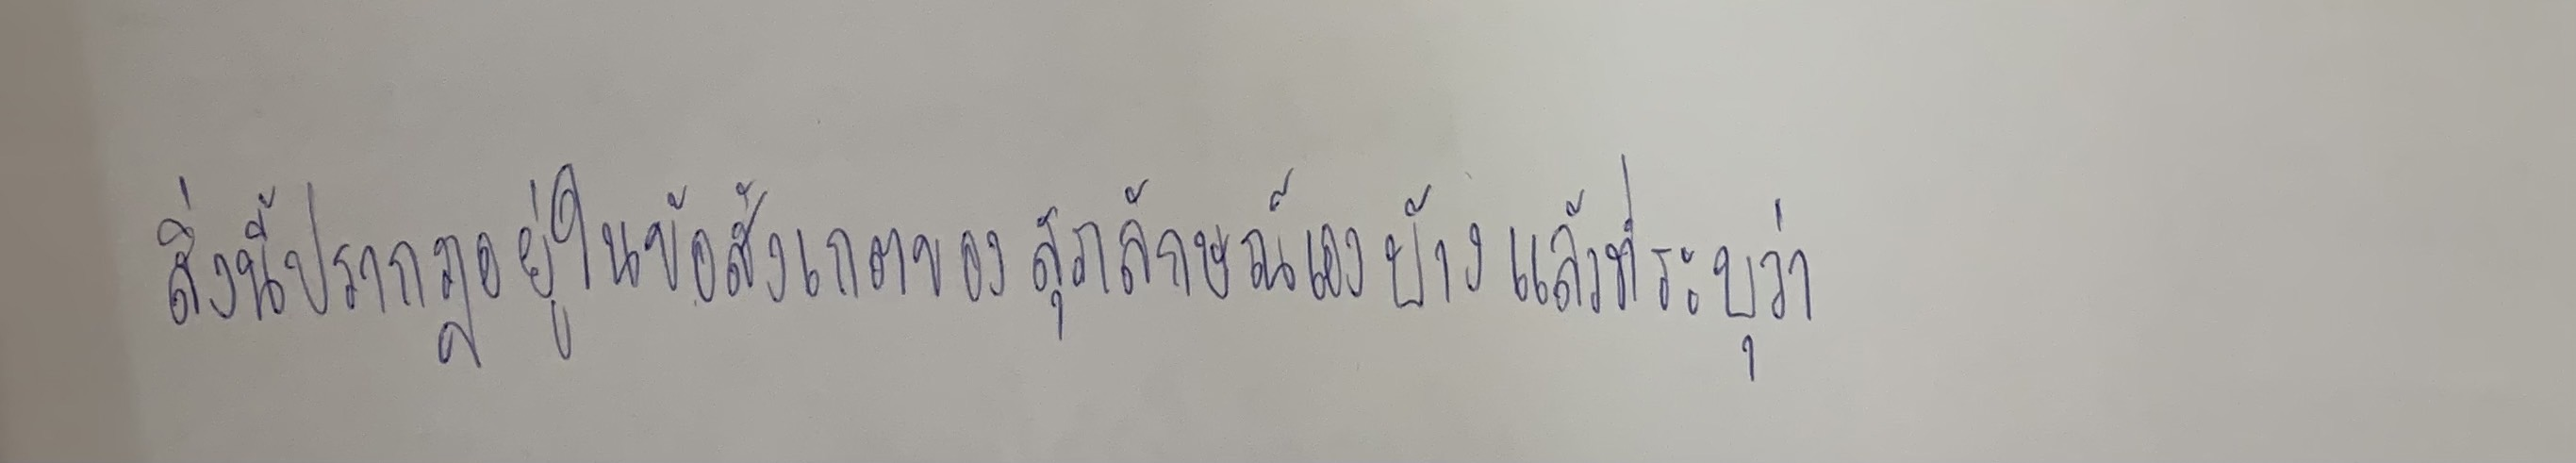
สิ่งนี้ปรากฏอยู่ในข้อสังเกตของสุภลักษณ์เองบ้างแล้วที่เขาระบุว่า